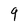
Character: q